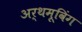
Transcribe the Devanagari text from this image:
अर्थमूविंग